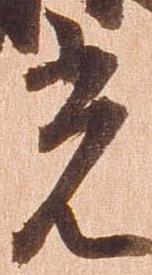
光